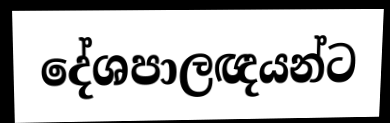
දේශපාලඥයන්ට